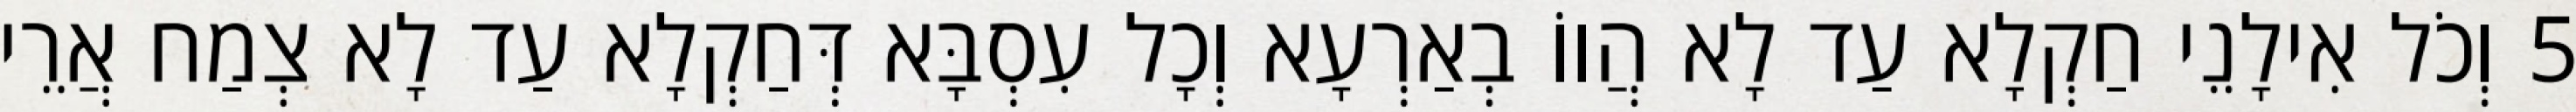
5 וְכֹל אִילָנֵי חַקְלָא עַד לָא הֲווֹ בְאַרְעָא וְכָל עִסְבָּא דְּחַקְלָא עַד לָא צְמַח אֲרֵי